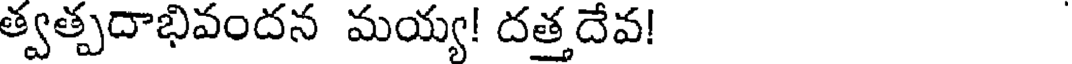
త్వత్పదాభివందన మయ్య! దత్తదేవ!